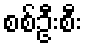
စစ်ဦးစီး